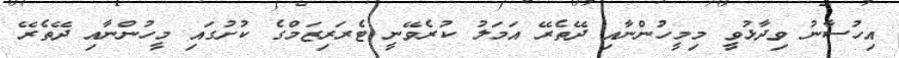
އިހުސާނު ވިދާޅުވީ މިމީހުންނާއި ދޭތެރޭ އަމަލު ކުރެވޭނީ ޓެރަރިޒަމްގެ ކުށުގައި މީހުންނާއި ދޭތެރޭ